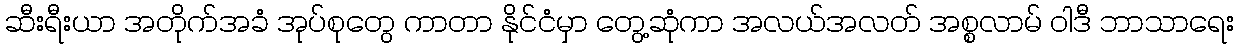
ဆီးရီးယာ အတိုက်အခံ အုပ်စုတွေ ကာတာ နိုင်ငံမှာ တွေ့ဆုံကာ အလယ်အလတ် အစ္စလာမ် ဝါဒီ ဘာသာရေး